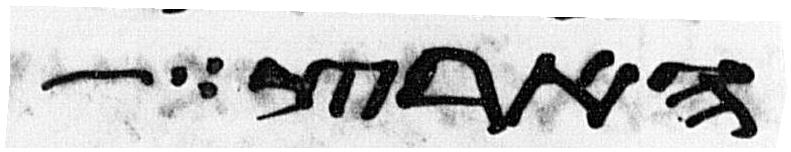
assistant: הארצות